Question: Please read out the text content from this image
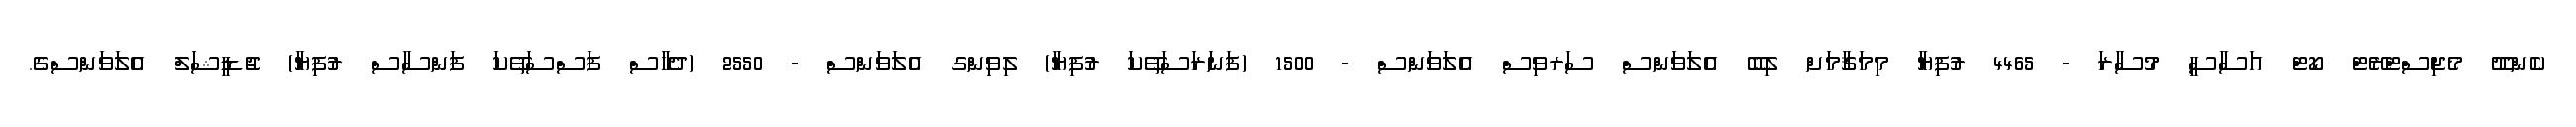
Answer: ކެންދޫ މެޖިސްޓްރޭޓް ކޯޓް އަސާސީ މުސާރަ - 4465 ރުފިޔާ މިމަޤާމަށް ލިބޭ އެލަވަންސް ސަރވިސް އެލަވަންސް - 1500 (ފަނަރަސަތޭކަ ރުފިޔާ) ލިވިންގ އެލަވަންސް - 2550 (ދެހާސް ފަސްސަތޭކަ ފަންސާސް ރުފިޔާ) ޖުޑީޝަލް އެލަވަންސްގެ.